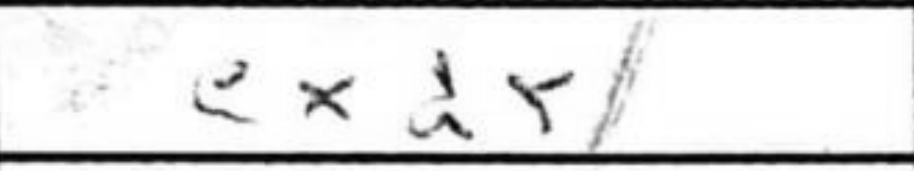
Transcription: exd5